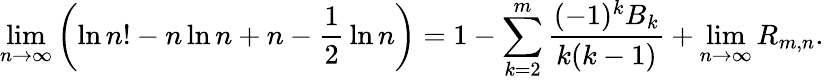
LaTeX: \operatorname*{lim}_{n\to\infty}\left(\ln n!-n\ln n+n-{\frac{1}{2}}\ln n\right)=1-\sum_{k=2}^{m}{\frac{(-1)^{k}B_{k}}{k(k-1)}}+\operatorname*{lim}_{n\to\infty}R_{m,n}.